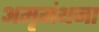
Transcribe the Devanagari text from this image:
अमृमंथना